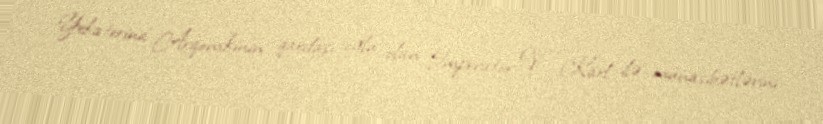
Yekaterina Arqonskinin qardaşı oğlu olan İmperator V Karl ilə münasibətlərini